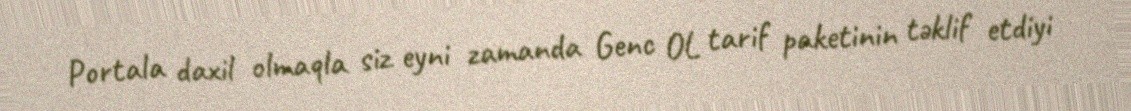
Portala daxil olmaqla siz eyni zamanda Genc OL tarif paketinin təklif etdiyi